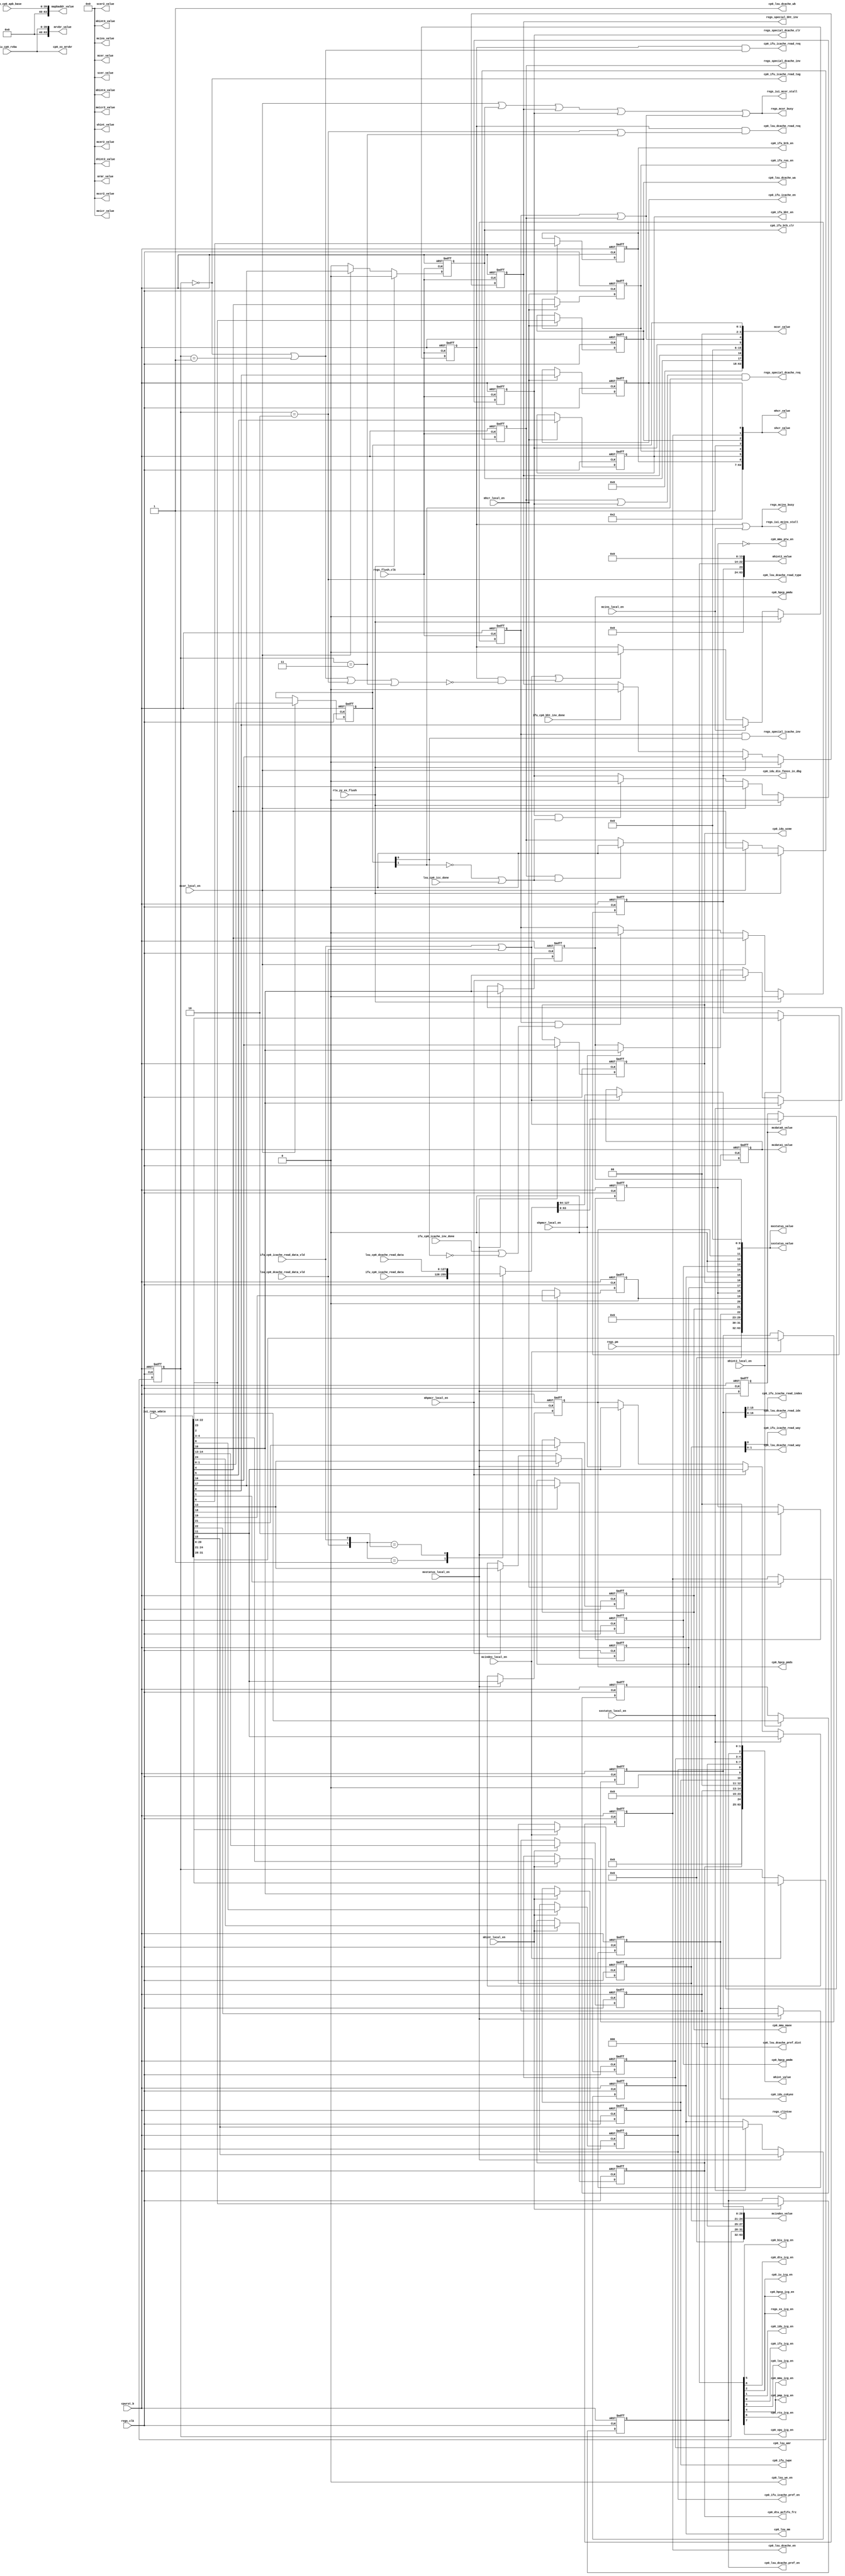
// This program was cloned from: https://github.com/T-head-Semi/openc906
// License: Apache License 2.0

/*Copyright 2020-2021 T-Head Semiconductor Co., Ltd.

Licensed under the Apache License, Version 2.0 (the "License");
you may not use this file except in compliance with the License.
You may obtain a copy of the License at

    http://www.apache.org/licenses/LICENSE-2.0

Unless required by applicable law or agreed to in writing, software
distributed under the License is distributed on an "AS IS" BASIS,
WITHOUT WARRANTIES OR CONDITIONS OF ANY KIND, either express or implied.
See the License for the specific language governing permissions and
limitations under the License.
*/

// &ModuleBeg; @23
module aq_cp0_ext_csr(
  biu_cp0_rvba,
  cp0_biu_icg_en,
  cp0_dtu_icg_en,
  cp0_dtu_pcfifo_frz,
  cp0_hpcp_icg_en,
  cp0_hpcp_pmdm,
  cp0_hpcp_pmds,
  cp0_hpcp_pmdu,
  cp0_idu_cskyee,
  cp0_idu_dis_fence_in_dbg,
  cp0_idu_icg_en,
  cp0_idu_ucme,
  cp0_ifu_bht_en,
  cp0_ifu_btb_clr,
  cp0_ifu_btb_en,
  cp0_ifu_icache_en,
  cp0_ifu_icache_pref_en,
  cp0_ifu_icache_read_index,
  cp0_ifu_icache_read_req,
  cp0_ifu_icache_read_tag,
  cp0_ifu_icache_read_way,
  cp0_ifu_icg_en,
  cp0_ifu_iwpe,
  cp0_ifu_ras_en,
  cp0_iu_icg_en,
  cp0_lsu_amr,
  cp0_lsu_dcache_en,
  cp0_lsu_dcache_pref_dist,
  cp0_lsu_dcache_pref_en,
  cp0_lsu_dcache_read_idx,
  cp0_lsu_dcache_read_req,
  cp0_lsu_dcache_read_type,
  cp0_lsu_dcache_read_way,
  cp0_lsu_dcache_wa,
  cp0_lsu_dcache_wb,
  cp0_lsu_icg_en,
  cp0_lsu_mm,
  cp0_lsu_we_en,
  cp0_mmu_icg_en,
  cp0_mmu_maee,
  cp0_mmu_ptw_en,
  cp0_pmp_icg_en,
  cp0_rtu_icg_en,
  cp0_vpu_icg_en,
  cp0_xx_mrvbr,
  cpurst_b,
  ifu_cp0_bht_inv_done,
  ifu_cp0_icache_inv_done,
  ifu_cp0_icache_read_data,
  ifu_cp0_icache_read_data_vld,
  iui_regs_wdata,
  lsu_cp0_dcache_read_data,
  lsu_cp0_dcache_read_data_vld,
  lsu_cp0_icc_done,
  mapbaddr_value,
  mccr2_value,
  mcdata0_value,
  mcdata1_value,
  mcer2_value,
  mcer_value,
  mcindex_local_en,
  mcindex_value,
  mcins_local_en,
  mcins_value,
  mcor_local_en,
  mcor_value,
  meicr2_value,
  meicr_value,
  mhcr_local_en,
  mhcr_value,
  mhint2_local_en,
  mhint2_value,
  mhint3_value,
  mhint4_value,
  mhint_local_en,
  mhint_value,
  mhpmcr_local_en,
  mrmr_value,
  mrvbr_value,
  mxstatus_local_en,
  mxstatus_value,
  regs_clintee,
  regs_clk,
  regs_flush_clk,
  regs_iui_mcins_stall,
  regs_iui_mcor_stall,
  regs_mcins_busy,
  regs_mcor_busy,
  regs_pm,
  regs_special_bht_inv,
  regs_special_dcache_clr,
  regs_special_dcache_inv,
  regs_special_dcache_req,
  regs_special_icache_inv,
  regs_xx_icg_en,
  rtu_yy_xx_flush,
  scer2_value,
  scer_value,
  shcr_value,
  shint2_value,
  shint_value,
  shpmcr_local_en,
  sxstatus_local_en,
  sxstatus_value,
  sysio_cp0_apb_base
);


// &Ports; @25
input   [39 :0]  biu_cp0_rvba;                
input            cpurst_b;                    
input            ifu_cp0_bht_inv_done;        
input            ifu_cp0_icache_inv_done;     
input   [127:0]  ifu_cp0_icache_read_data;    
input            ifu_cp0_icache_read_data_vld; 
input   [63 :0]  iui_regs_wdata;              
input   [127:0]  lsu_cp0_dcache_read_data;    
input            lsu_cp0_dcache_read_data_vld; 
input            lsu_cp0_icc_done;            
input            mcindex_local_en;            
input            mcins_local_en;              
input            mcor_local_en;               
input            mhcr_local_en;               
input            mhint2_local_en;             
input            mhint_local_en;              
input            mhpmcr_local_en;             
input            mxstatus_local_en;           
input            regs_clk;                    
input            regs_flush_clk;              
input   [1  :0]  regs_pm;                     
input            rtu_yy_xx_flush;             
input            shpmcr_local_en;             
input            sxstatus_local_en;           
input   [39 :0]  sysio_cp0_apb_base;          
output           cp0_biu_icg_en;              
output           cp0_dtu_icg_en;              
output           cp0_dtu_pcfifo_frz;          
output           cp0_hpcp_icg_en;             
output           cp0_hpcp_pmdm;               
output           cp0_hpcp_pmds;               
output           cp0_hpcp_pmdu;               
output           cp0_idu_cskyee;              
output           cp0_idu_dis_fence_in_dbg;    
output           cp0_idu_icg_en;              
output           cp0_idu_ucme;                
output           cp0_ifu_bht_en;              
output           cp0_ifu_btb_clr;             
output           cp0_ifu_btb_en;              
output           cp0_ifu_icache_en;           
output           cp0_ifu_icache_pref_en;      
output  [13 :0]  cp0_ifu_icache_read_index;   
output           cp0_ifu_icache_read_req;     
output           cp0_ifu_icache_read_tag;     
output           cp0_ifu_icache_read_way;     
output           cp0_ifu_icg_en;              
output           cp0_ifu_iwpe;                
output           cp0_ifu_ras_en;              
output           cp0_iu_icg_en;               
output  [1  :0]  cp0_lsu_amr;                 
output           cp0_lsu_dcache_en;           
output  [1  :0]  cp0_lsu_dcache_pref_dist;    
output           cp0_lsu_dcache_pref_en;      
output  [16 :0]  cp0_lsu_dcache_read_idx;     
output           cp0_lsu_dcache_read_req;     
output           cp0_lsu_dcache_read_type;    
output  [1  :0]  cp0_lsu_dcache_read_way;     
output           cp0_lsu_dcache_wa;           
output           cp0_lsu_dcache_wb;           
output           cp0_lsu_icg_en;              
output           cp0_lsu_mm;                  
output           cp0_lsu_we_en;               
output           cp0_mmu_icg_en;              
output           cp0_mmu_maee;                
output           cp0_mmu_ptw_en;              
output           cp0_pmp_icg_en;              
output           cp0_rtu_icg_en;              
output           cp0_vpu_icg_en;              
output  [39 :0]  cp0_xx_mrvbr;                
output  [63 :0]  mapbaddr_value;              
output  [63 :0]  mccr2_value;                 
output  [63 :0]  mcdata0_value;               
output  [63 :0]  mcdata1_value;               
output  [63 :0]  mcer2_value;                 
output  [63 :0]  mcer_value;                  
output  [63 :0]  mcindex_value;               
output  [63 :0]  mcins_value;                 
output  [63 :0]  mcor_value;                  
output  [63 :0]  meicr2_value;                
output  [63 :0]  meicr_value;                 
output  [63 :0]  mhcr_value;                  
output  [63 :0]  mhint2_value;                
output  [63 :0]  mhint3_value;                
output  [63 :0]  mhint4_value;                
output  [63 :0]  mhint_value;                 
output  [63 :0]  mrmr_value;                  
output  [63 :0]  mrvbr_value;                 
output  [63 :0]  mxstatus_value;              
output           regs_clintee;                
output           regs_iui_mcins_stall;        
output           regs_iui_mcor_stall;         
output           regs_mcins_busy;             
output           regs_mcor_busy;              
output           regs_special_bht_inv;        
output           regs_special_dcache_clr;     
output           regs_special_dcache_inv;     
output           regs_special_dcache_req;     
output           regs_special_icache_inv;     
output           regs_xx_icg_en;              
output  [63 :0]  scer2_value;                 
output  [63 :0]  scer_value;                  
output  [63 :0]  shcr_value;                  
output  [63 :0]  shint2_value;                
output  [63 :0]  shint_value;                 
output  [63 :0]  sxstatus_value;              

// &Regs; @26
reg     [1  :0]  amr;                         
reg              bht_inv;                     
reg              bpe;                         
reg              btb_inv;                     
reg              btbe;                        
reg     [63 :0]  cdata0;                      
reg     [63 :0]  cdata1;                      
reg     [127:0]  cdata_read_data;             
reg     [20 :0]  cindex_index;                
reg     [3  :0]  cindex_rid;                  
reg     [3  :0]  cindex_way;                  
reg              cins_r;                      
reg              clintee;                     
reg              clr;                         
reg              cskyisaee;                   
reg              dcache_inv;                  
reg     [1  :0]  dcache_pref_dist;            
reg              dcache_pref_en;              
reg              de;                          
reg              fence_in_dbg_dis;            
reg              icache_inv;                  
reg              icache_pref_en;              
reg              ie;                          
reg              insde;                       
reg              iwpe;                        
reg              maee;                        
reg              mhrd;                        
reg              mm;                          
reg     [8  :0]  module_icg_en;               
reg              pcfifo_freeze;               
reg              pmdm;                        
reg              pmds;                        
reg              pmdu;                        
reg              rse;                         
reg     [1  :0]  sel;                         
reg              ucme;                        
reg              wa;                          

// &Wires; @27
wire             amr2;                        
wire    [127:0]  biu_cp0_l2_read_data;        
wire             biu_cp0_l2_read_data_vld;    
wire    [39 :0]  biu_cp0_rvba;                
wire             cdata_clk;                   
wire             cdata_data_vld;              
wire             cindex_rid_dcache_data;      
wire             cindex_rid_dcache_st_tag;    
wire             cindex_rid_icache_data;      
wire             cindex_rid_icache_tag;       
wire             cins_no_op_data_vld;         
wire             cins_read_data_vld;          
wire             clr_done;                    
wire             cp0_biu_icg_en;              
wire             cp0_dtu_icg_en;              
wire             cp0_dtu_pcfifo_frz;          
wire             cp0_hpcp_icg_en;             
wire             cp0_hpcp_pmdm;               
wire             cp0_hpcp_pmds;               
wire             cp0_hpcp_pmdu;               
wire             cp0_idu_cskyee;              
wire             cp0_idu_dis_fence_in_dbg;    
wire             cp0_idu_icg_en;              
wire             cp0_idu_ucme;                
wire             cp0_ifu_bht_en;              
wire             cp0_ifu_btb_clr;             
wire             cp0_ifu_btb_en;              
wire             cp0_ifu_icache_en;           
wire             cp0_ifu_icache_pref_en;      
wire    [13 :0]  cp0_ifu_icache_read_index;   
wire             cp0_ifu_icache_read_req;     
wire             cp0_ifu_icache_read_tag;     
wire             cp0_ifu_icache_read_way;     
wire             cp0_ifu_icg_en;              
wire             cp0_ifu_iwpe;                
wire             cp0_ifu_ras_en;              
wire             cp0_iu_icg_en;               
wire    [1  :0]  cp0_lsu_amr;                 
wire             cp0_lsu_dcache_en;           
wire    [1  :0]  cp0_lsu_dcache_pref_dist;    
wire             cp0_lsu_dcache_pref_en;      
wire    [16 :0]  cp0_lsu_dcache_read_idx;     
wire             cp0_lsu_dcache_read_req;     
wire             cp0_lsu_dcache_read_type;    
wire    [1  :0]  cp0_lsu_dcache_read_way;     
wire             cp0_lsu_dcache_wa;           
wire             cp0_lsu_dcache_wb;           
wire             cp0_lsu_icg_en;              
wire             cp0_lsu_mm;                  
wire             cp0_lsu_we_en;               
wire             cp0_mmu_icg_en;              
wire             cp0_mmu_maee;                
wire             cp0_mmu_ptw_en;              
wire             cp0_pmp_icg_en;              
wire             cp0_rtu_icg_en;              
wire             cp0_vpu_icg_en;              
wire    [39 :0]  cp0_xx_mrvbr;                
wire             cpurst_b;                    
wire    [16 :0]  dcache_read_idx;             
wire             dcache_read_req;             
wire             dcache_read_tag;             
wire    [1  :0]  dcache_read_way;             
wire             ecc_en;                      
wire             fccee;                       
wire             ibp_inv;                     
wire             ibpe;                        
wire    [16 :0]  icache_read_idx;             
wire             icache_read_req;             
wire             icache_read_tag;             
wire             icache_read_way;             
wire             ifu_cp0_bht_inv_done;        
wire             ifu_cp0_icache_inv_done;     
wire    [127:0]  ifu_cp0_icache_read_data;    
wire             ifu_cp0_icache_read_data_vld; 
wire             inv;                         
wire    [63 :0]  iui_regs_wdata;              
wire             l0btbe;                      
wire    [1  :0]  l2_pref_dist;                
wire             l2pld;                       
wire             l2stpld;                     
wire             lpe;                         
wire    [127:0]  lsu_cp0_dcache_read_data;    
wire             lsu_cp0_dcache_read_data_vld; 
wire             lsu_cp0_icc_done;            
wire    [63 :0]  mapbaddr_value;              
wire    [63 :0]  mccr2_value;                 
wire    [63 :0]  mcdata0_value;               
wire    [63 :0]  mcdata1_value;               
wire    [63 :0]  mcer2_value;                 
wire    [63 :0]  mcer_value;                  
wire             mcindex_local_en;            
wire    [63 :0]  mcindex_value;               
wire             mcins_busy;                  
wire             mcins_local_en;              
wire    [63 :0]  mcins_value;                 
wire             mcor_busy;                   
wire             mcor_local_en;               
wire    [63 :0]  mcor_value;                  
wire    [63 :0]  meicr2_value;                
wire    [63 :0]  meicr_value;                 
wire             mhcr_local_en;               
wire    [63 :0]  mhcr_value;                  
wire             mhint2_local_en;             
wire    [63 :0]  mhint2_value;                
wire    [63 :0]  mhint3_value;                
wire    [63 :0]  mhint4_value;                
wire             mhint_local_en;              
wire    [63 :0]  mhint_value;                 
wire             mhpmcr_local_en;             
wire    [63 :0]  mrmr_value;                  
wire    [39 :0]  mrvbr_reg;                   
wire    [63 :0]  mrvbr_value;                 
wire             mxstatus_local_en;           
wire    [63 :0]  mxstatus_value;              
wire             nsfe;                        
wire             pmp4k;                       
wire             regs_clintee;                
wire             regs_clk;                    
wire             regs_flush_clk;              
wire             regs_iui_mcins_stall;        
wire             regs_iui_mcor_stall;         
wire             regs_mcins_busy;             
wire             regs_mcor_busy;              
wire    [1  :0]  regs_pm;                     
wire             regs_special_bht_inv;        
wire             regs_special_dcache_clr;     
wire             regs_special_dcache_inv;     
wire             regs_special_dcache_req;     
wire             regs_special_icache_inv;     
wire             regs_xx_icg_en;              
wire             rtu_yy_xx_flush;             
wire    [63 :0]  scer2_value;                 
wire    [63 :0]  scer_value;                  
wire    [2  :0]  sck;                         
wire    [63 :0]  shcr_value;                  
wire    [63 :0]  shint2_value;                
wire    [63 :0]  shint_value;                 
wire             shpmcr_local_en;             
wire             sre;                         
wire             sxstatus_local_en;           
wire    [63 :0]  sxstatus_value;              
wire    [39 :0]  sysio_cp0_apb_base;          
wire             tlb_broad_dis;               
wire             v;                           
wire             ve;                          
wire             wb;                          
wire             wbr;                         


//==========================================================
//                        Extension
//==========================================================
//----------------------------------------------------------
//           Machine Control and Status Extension
//----------------------------------------------------------
// |------------|---------------------|--------------------|
// |    Name    |    Description      |        Note        |
// |------------|---------------------|--------------------|
// | mxstatus   | M ext status reg.   |                    |
// | mhcr       | M hw config reg.    |                    |
// | mcor       | M cache oper reg.   |                    |
// | mhint      | M hint reg.         |                    |
// | mrmr       | M reset mode.       |                    |
// | mrvbr      | M reset base.       |                    |
// | mcntwen    | M counter write en  | In hpcp_csr        |
// | mcntinten  | M counter int en    | In HPCP            |
// | mcntintof  | M counter overflow  | In HPCP
// | mhint2     | M hint reg.         |                    |
// | mhint3     | M hint reg.         |                    |
// |------------|---------------------|--------------------|

//----------------------------------------------------------
//         Supervisor Control and Status Extension
//----------------------------------------------------------
// |------------|---------------------|--------------------|
// |    Name    |    Description      |        Note        |
// |------------|---------------------|--------------------|
// | sxstatus   | S ext status reg.   |                    |
// | shcr       | S hw config reg.    |                    |
// | shint      | S hint reg.         |                    |
// | shint2     | S hint reg.         |                    |
// | scntinten  | S counter int en    | In HPCP            |
// | scntintof  | S counter overflow  | In HPCP
// | shpmcnt    | S counter           | In HPCP
// |------------|---------------------|--------------------|

//----------------------------------------------------------
//                 Machine L1 Cache Control
//----------------------------------------------------------
// |------------|---------------------|--------------------|
// |    Name    |    Description      |        Note        |
// |------------|---------------------|--------------------|
// | mcer       | M l1 cache err.     | Reserved           |
// | meicr      | M l1 ecc injection  | Reserved           |
// |------------|---------------------|--------------------|

//----------------------------------------------------------
//               Supervisor L1 Cache Control
//----------------------------------------------------------
// |------------|---------------------|--------------------|
// |    Name    |    Description      |        Note        |
// |------------|---------------------|--------------------|
// | scer       | S l1 cache err.     | Reserved           |
// |------------|---------------------|--------------------|

//----------------------------------------------------------
//                 Machine L2 Cache Control
//----------------------------------------------------------
// |------------|---------------------|--------------------|
// |    Name    |    Description      |        Note        |
// |------------|---------------------|--------------------|
// | mccr2      | M l2 cache oper     | Reserved           |
// | mcer2      | M l2 cache err.     | Reserved           |
// | meicr2     | M l2 ecc injection  | Reserved           |
// |------------|---------------------|--------------------|

//----------------------------------------------------------
//               Supervisor L2 Cache Control
//----------------------------------------------------------
// |------------|---------------------|--------------------|
// |    Name    |    Description      |        Note        |
// |------------|---------------------|--------------------|
// | scer2      | S l2 cache err.     | Reserved           |
// |------------|---------------------|--------------------|

//----------------------------------------------------------
//              Machine Cache Access Extension
//----------------------------------------------------------
// |------------|---------------------|--------------------|
// |    Name    |    Description      |        Note        |
// |------------|---------------------|--------------------|
// | mcins      | Cache inst reg      |                    |
// | mcindex    | Cache index         |                    |
// | mcdata0    | Cache data0         |                    |
// | mcdata1    | Cache data1         |                    |
// |------------|---------------------|--------------------|

//----------------------------------------------------------
//                Machine CPU Info Extension
//----------------------------------------------------------
// |------------|---------------------|--------------------|
// |    Name    |    Description      |        Note        |
// |------------|---------------------|--------------------|
// | mcpuid     | CPU ID              |                    |
// | mapbaddr   | APB bus base addr.  |                    |
// |------------|---------------------|--------------------|

//----------------------------------------------------------
//            Supervisor MMU Control and Status
//----------------------------------------------------------
// |------------|---------------------|--------------------|
// |    Name    |    Description      |        Note        |
// |------------|---------------------|--------------------|
// | smcir      | MMU control         | In MMU             |
// | smir       | MMU index           | In MMU             |
// | smeh       | MMU entry high      | In MMU             |
// | smel       | MMU entry low       | In MMU             |
// |------------|---------------------|--------------------|

//----------------------------------------------------------
//               User Float Control Extension
//----------------------------------------------------------
// |------------|---------------------|--------------------|
// |    Name    |    Description      |        Note        |
// |------------|---------------------|--------------------|
// | fxcr       | float control       | In float_csr       |
// |------------|---------------------|--------------------|

// &Force("bus", "iui_regs_wdata", 63, 0); @148
//==========================================================
//                   Define the MXSTATUS
//==========================================================
//  Machine Extension Status register
//  64-bit Machine Mode Read/Write
//  Providing the C-SKY Extension Status of the current core
//  the definiton for MXSTATUS register is listed as follows
//==========================================================
always @(posedge regs_clk or negedge cpurst_b)
begin
  if (!cpurst_b)
  begin
    mm    <= 1'b1;
    pmds  <= 1'b0;
    pmdu  <= 1'b0;
  end
  else if(mxstatus_local_en)
  begin
    mm    <= iui_regs_wdata[15];
    pmds  <= iui_regs_wdata[11];
    pmdu  <= iui_regs_wdata[10];
  end
  else if(sxstatus_local_en)
  begin
    mm    <= iui_regs_wdata[15];
    pmds  <= iui_regs_wdata[11];
    pmdu  <= iui_regs_wdata[10];
  end
    else if(mhpmcr_local_en)
  begin
    mm    <= mm;
    pmds  <= iui_regs_wdata[11];
    pmdu  <= iui_regs_wdata[10];
  end
  else if(shpmcr_local_en)
  begin
    mm    <= mm;
    pmds  <= iui_regs_wdata[11];
    pmdu  <= iui_regs_wdata[10];
  end
  else
  begin
    mm    <= mm;
    pmds  <= pmds;
    pmdu  <= pmdu;
  end
end

assign fccee = 1'b0;

always @(posedge regs_clk or negedge cpurst_b)
begin
  if (!cpurst_b)
  begin
    cskyisaee <= 1'b1;
    maee      <= 1'b1;
    insde     <= 1'b0;
    mhrd      <= 1'b0;
    clintee   <= 1'b1;
    ucme      <= 1'b1;
    // pmp4k     <= 1'b0;
    pmdm      <= 1'b0;
  end
  else if(mxstatus_local_en)
  begin
    cskyisaee <= iui_regs_wdata[22];
    maee      <= iui_regs_wdata[21];
    insde     <= iui_regs_wdata[19];
    mhrd      <= iui_regs_wdata[18];
    clintee   <= iui_regs_wdata[17];
    ucme      <= iui_regs_wdata[16];
    // pmp4k     <= iui_regs_wdata[14];
    pmdm      <= iui_regs_wdata[13];
  end
  else if(mhpmcr_local_en)
  begin
    cskyisaee <= cskyisaee;
    maee      <= maee;
    insde     <= insde;
    mhrd      <= mhrd;
    clintee   <= clintee;
    ucme      <= ucme;
    pmdm      <= iui_regs_wdata[13];
  end
  else
  begin
    cskyisaee <= cskyisaee;
    maee      <= maee;
    insde     <= insde;
    mhrd      <= mhrd;
    clintee   <= clintee;
    ucme      <= ucme;
    // pmp4k     <= pmp4k;
    pmdm      <= pmdm;
  end
end

assign pmp4k = 1'b0; // this bit is removed from mxstatus.
assign ve = 1'b0;
assign v  = 1'b0;

assign mxstatus_value[63:0]  = {32'b0, regs_pm[1:0], 7'b0, cskyisaee, maee,
                                fccee, insde, mhrd, clintee, ucme, mm,
                                pmp4k, pmdm, 1'b0, pmds, pmdu, v, ve,
                                8'b0};

//==========================================================
//                   Define the SXSTATUS
//==========================================================
//  Supervisor Extension Status Register
//  64-bit Supervisor Mode Read/Write
//  Providing the C-SKY Extension Status Register
//  the definiton for SXSTATUS register is listed as follows
//==========================================================
assign sxstatus_value[63:0]  = {32'b0, regs_pm[1:0], 7'b0, cskyisaee, maee,
                                fccee, insde, mhrd, clintee, ucme, mm,
                                pmp4k, pmdm, 1'b0, pmds, pmdu, 10'b0};

//==========================================================
//                     Define the MHCR
//==========================================================
//  Machine Hardware Config register
//  64-bit Machine Mode Read/Write
//  Providing the C-SKY Hardware Config of the current core
//  the definiton for MHCR register is listed as follows
//==========================================================
assign sck[2:0] = 3'b0;//biu_cp0_clkratio[2:0];

assign wbr = 1'b1;

assign ibpe = 1'b0;

always @(posedge regs_clk or negedge cpurst_b)
begin
  if(!cpurst_b)
  begin
    // l0btbe <= 1'b0;
    btbe   <= 1'b0;
  end
  else if(mhcr_local_en)
  begin
    // l0btbe <= iui_regs_wdata[12];
    btbe   <= iui_regs_wdata[6];
  end
  else
  begin
    // l0btbe <= l0btbe;
    btbe   <= btbe;
  end
end
assign l0btbe = 1'b0;

assign wb = 1'b1;

always @(posedge regs_clk or negedge cpurst_b)
begin
  if(!cpurst_b)
  begin
    bpe <= 1'b0;
    rse <= 1'b0;
    wa  <= 1'b0;
    de  <= 1'b0;
    ie  <= 1'b0;
  end
  else if(mhcr_local_en)
  begin
    bpe <= iui_regs_wdata[5];
    rse <= iui_regs_wdata[4];
    wa  <= iui_regs_wdata[2];
    de  <= iui_regs_wdata[1];
    ie  <= iui_regs_wdata[0];
  end
  else
  begin
    bpe <= bpe;
    rse <= rse;
    wa  <= wa;
    de  <= de;
    ie  <= ie;
  end
end

assign mhcr_value[63:0] = {45'b0, sck[2:0], 3'b0, l0btbe, 3'b0, wbr, ibpe,
                           btbe, bpe, rse, wb, wa, de, ie};

//==========================================================
//                     Define the SHCR
//==========================================================
//  Supervisor Hardware Config register
//  64-bit Supervisor Mode Read Only
//  Providing the C-SKY Hardware Config of the current core
//  the definiton for SHCR register is listed as follows
//==========================================================
assign shcr_value[63:0] = {45'b0, sck[2:0], 3'b0, l0btbe, 3'b0, wbr, ibpe,
                           btbe, bpe, rse, wb, wa, de, ie};

//==========================================================
//                     Define the MCOR
//==========================================================
assign ibp_inv =1'b0;

always @(posedge regs_flush_clk or negedge cpurst_b)
begin
  if(!cpurst_b)
    btb_inv <= 1'b0;
  else if(rtu_yy_xx_flush)
    btb_inv <= 1'b0;
  else if(mcor_local_en) 
    btb_inv <= iui_regs_wdata[17];
//   else if(ifu_cp0_btb_inv_done)
//     btb_inv <= 1'b0;
//   else
//     btb_inv <= btb_inv;
  else
    btb_inv <= 1'b0;
end

always @(posedge regs_flush_clk or negedge cpurst_b)
begin
  if(!cpurst_b)
    bht_inv <= 1'b0;
  else if(rtu_yy_xx_flush)
    bht_inv <= 1'b0;
  else if(mcor_local_en) 
    bht_inv <= iui_regs_wdata[16];
  else if(ifu_cp0_bht_inv_done)
    bht_inv <= 1'b0;
  else
    bht_inv <= bht_inv;
end

//if sel dcache bit is set, wait lsu dcache done
//else always done
assign clr_done = !sel[1] || lsu_cp0_icc_done;

always @(posedge regs_flush_clk or negedge cpurst_b)
begin
  if(!cpurst_b)
   clr <= 1'b0;
  else if(rtu_yy_xx_flush)
   clr <= 1'b0;
  else if(mcor_local_en) 
   clr <= iui_regs_wdata[5];
  else if(clr && clr_done)
   clr <= 1'b0;
  else
   clr <= clr;
end

// 1.when inv and clr complete, clear the inv and clr bit.
// 2.mtcr cfr will update inv and clr bit
always @(posedge regs_flush_clk or negedge cpurst_b)
begin
  if(!cpurst_b)
      icache_inv <= 1'b0;
  else if(rtu_yy_xx_flush)
      icache_inv <= 1'b0;
  else if(mcor_local_en) 
      icache_inv <= iui_regs_wdata[4];
  else if(icache_inv && (ifu_cp0_icache_inv_done || !sel[0]))
      icache_inv <= 1'b0;
  else
      icache_inv <= icache_inv;
end

always @(posedge regs_flush_clk or negedge cpurst_b)
begin
  if(!cpurst_b)
      dcache_inv <= 1'b0;
  else if(rtu_yy_xx_flush)
      dcache_inv <= 1'b0;
  else if(mcor_local_en) 
      dcache_inv <= iui_regs_wdata[4];
  else if(dcache_inv && (lsu_cp0_icc_done || !sel[1]))
      dcache_inv <= 1'b0;
  else
      dcache_inv <= dcache_inv;
end

assign inv = icache_inv || dcache_inv;

always @(posedge regs_clk or negedge cpurst_b)
begin
  if(!cpurst_b)
    sel[1:0] <= 2'b0;
  else if(mcor_local_en) 
    sel[1:0] <= iui_regs_wdata[1:0];
  else
    sel[1:0] <= sel[1:0];
end

// TODO add clk en.
assign mcor_busy = mcor_local_en || ibp_inv || btb_inv
                || bht_inv || clr || inv;
assign mcor_value[63:0] = {45'b0, ibp_inv, btb_inv, bht_inv, 10'b0,
                           clr, inv, 2'b0, sel[1:0]};

//==========================================================
//                     Define the MHINT
//==========================================================
assign ecc_en = 1'b0;

always @(posedge regs_clk or negedge cpurst_b)
begin
  if(!cpurst_b)
    pcfifo_freeze <= 1'b0;
  else if(mhint_local_en)
    pcfifo_freeze <= iui_regs_wdata[24];
  else
    pcfifo_freeze <= pcfifo_freeze; 
end

always @(posedge regs_clk or negedge cpurst_b)
begin
  if(!cpurst_b) begin
    // l2stpld               <= 1'b0;
    // nsfe                  <= 1'b0;
    // l2_pref_dist[1:0]     <= 2'b10;
    // l2pld                 <= 1'b0;
    dcache_pref_dist[1:0] <= 2'b10;
    // sre                   <= 1'b0;
    iwpe                  <= 1'b0;
    // lpe                   <= 1'b0;
    icache_pref_en        <= 1'b0;
    // amr2                  <= 1'b0;
    amr[1:0]              <= 2'b0;
    dcache_pref_en        <= 1'b0;
  end
  else if(mhint_local_en) begin
    // l2stpld               <= iui_regs_wdata[20];
    // nsfe                  <= iui_regs_wdata[18];
    // l2_pref_dist[1:0]     <= iui_regs_wdata[17:16]; 
    // l2pld                 <= iui_regs_wdata[15];
    dcache_pref_dist[1:0] <= iui_regs_wdata[14:13];
    // sre                   <= iui_regs_wdata[11];
    iwpe                  <= iui_regs_wdata[10];
    // lpe                   <= iui_regs_wdata[9];
    icache_pref_en        <= iui_regs_wdata[8];
    // amr2                  <= iui_regs_wdata[5];
    amr[1:0]              <= iui_regs_wdata[4:3];
    dcache_pref_en        <= iui_regs_wdata[2];
  end
  else begin
    // l2stpld               <= l2stpld;
    // nsfe                  <= nsfe;
    // l2_pref_dist[1:0]     <= l2_pref_dist[1:0];
    // l2pld                 <= l2pld;
    dcache_pref_dist[1:0] <= dcache_pref_dist[1:0];
    // sre                   <= sre;
    iwpe                  <= iwpe;
    // lpe                   <= lpe;
    icache_pref_en        <= icache_pref_en;
    // amr2                  <= amr2;
    amr[1:0]              <= amr[1:0];
    dcache_pref_en        <= dcache_pref_en;
  end
end

assign tlb_broad_dis = 1'b0;
assign l2stpld = 1'b0;
assign nsfe = 1'b0;
assign l2_pref_dist[1:0] = 2'b0;
assign l2pld = 1'b0;
assign sre = 1'b0;
assign lpe = 1'b0;
assign amr2 = 1'b0;

assign mhint_value[63:0] = {32'b0, 7'b0, pcfifo_freeze, 2'b0,
                            tlb_broad_dis, l2stpld, ecc_en,
                            nsfe, l2_pref_dist[1:0], l2pld, 
                            dcache_pref_dist[1:0], 1'b0, sre,
                            iwpe, lpe, icache_pref_en, 2'b0, amr2,
                            amr[1:0], dcache_pref_en, 2'b0};


always @(posedge regs_clk or negedge cpurst_b)
begin
  if(!cpurst_b) begin
    fence_in_dbg_dis   <= 1'b0;
    module_icg_en[8:0] <= 9'b0;
  end
  else if(mhint2_local_en) begin
    fence_in_dbg_dis   <= iui_regs_wdata[23];
    module_icg_en[8:0] <= iui_regs_wdata[22:14];
  end
  else begin
    fence_in_dbg_dis   <= fence_in_dbg_dis;
    module_icg_en[8:0] <= module_icg_en[8:0];
  end
end

assign mhint2_value[63:0] = {32'b0, 8'b0, fence_in_dbg_dis,
                             module_icg_en[8:0], 14'b0};

assign mhint3_value[63:0] = 64'b0;
assign mhint4_value[63:0] = 64'b0;

//==========================================================
//                     Define the SHINT
//==========================================================
assign shint_value[63:0] = 64'b0;
assign shint2_value[63:0] = 64'b0;

//==========================================================
//                     Define the MRMR
//==========================================================
assign mrmr_value[63:0] = 64'b0;

//==========================================================
//                     Define the MRVBR
//==========================================================
assign mrvbr_reg[39:0] = biu_cp0_rvba[39:0];
assign mrvbr_value[63:0] = {24'b0, mrvbr_reg[39:0]};

//==========================================================
//                     Define the MCER
//==========================================================
assign mcer_value[63:0] = 64'b0;

//==========================================================
//                     Define the SCER
//==========================================================
assign scer_value[63:0] = 64'b0;

//==========================================================
//                     Define the MEICR
//==========================================================
assign meicr_value[63:0] = 64'b0;

//==========================================================
//                     Define the MCCR2
//==========================================================
assign mccr2_value[63:0] = 64'b0;

//==========================================================
//                     Define the MCER2
//==========================================================
assign mcer2_value[63:0] = 64'b0;

//==========================================================
//                     Define the SCER2
//==========================================================
assign scer2_value[63:0] = 64'b0;

//==========================================================
//                    Define the MEICR2
//==========================================================
assign meicr2_value[63:0] = 64'b0;

//==========================================================
//                     Define the MCINS
//==========================================================
//  Machine Cache Instruction register
//  64-bit Machine Mode Read/Write
//  Providing the C-SKY Cache Read Line Instruction
//  the definiton for MCINS register is listed as follows
//==========================================================
always @(posedge regs_flush_clk or negedge cpurst_b)
begin
  if(!cpurst_b)
    cins_r <= 1'b0;
  else if(rtu_yy_xx_flush)
    cins_r <= 1'b0;
  else if(mcins_local_en)
    cins_r <= iui_regs_wdata[0];
  else if(cins_read_data_vld)
    cins_r <= 1'b0;
  else
    cins_r <= cins_r;
end
// always @(posedge regs_flush_clk or negedge cpurst_b)
// begin
//   if(!cpurst_b)
//     cins_ff <= 1'b0;
//   else if(rtu_yy_xx_flush)
//     cins_ff <= 1'b0;
//   else if(mcins_local_en)
//     cins_ff <= iui_regs_wdata[0];
//   else if(cins_ff)
//     cins_ff <= 1'b0;
//   else
//     cins_ff <= cins_ff;
// end

assign mcins_busy = cins_r || mcins_local_en;
//write only register
assign mcins_value[63:0] = 64'b0;

//==========================================================
//                    Define the MCINDEX
//==========================================================
//  Machine Cache Read Line Index register
//  64-bit Machine Mode Read/Write
//  Providing the C-SKY Cache Read Line Index
//  the definiton for MCINDEX register is listed as follows
//==========================================================
always @(posedge regs_clk or negedge cpurst_b)
begin
  if (!cpurst_b) begin
    cindex_rid[3:0]    <= 4'b0;
    cindex_way[3:0]    <= 4'b0;
    cindex_index[20:0] <= 21'b0;
  end
  else if (mcindex_local_en) begin
    cindex_rid[3:0]    <= iui_regs_wdata[31:28];
    cindex_way[3:0]    <= iui_regs_wdata[24:21];
    cindex_index[20:0] <= iui_regs_wdata[20:0];
  end
  else begin
    cindex_rid[3:0]    <= cindex_rid[3:0];
    cindex_way[3:0]    <= cindex_way[3:0];
    cindex_index[20:0] <= cindex_index[20:0];
  end
end

assign mcindex_value[63:0] = {32'b0, cindex_rid[3:0], 3'b0,
                              cindex_way[3:0], cindex_index[20:0]};

//ram select
assign cindex_rid_icache_tag           = (cindex_rid[3:0] == 4'd0);
assign cindex_rid_icache_data          = (cindex_rid[3:0] == 4'd1);
assign cindex_rid_dcache_st_tag        = (cindex_rid[3:0] == 4'd2);
assign cindex_rid_dcache_data          = (cindex_rid[3:0] == 4'd3);

assign icache_read_req       = cins_r && (cindex_rid_icache_tag
                                       || cindex_rid_icache_data);

assign icache_read_tag       = cindex_rid_icache_tag;
assign icache_read_way       = cindex_way[0];
assign icache_read_idx[16:0] = cindex_index[16:0];

assign dcache_read_req       = cins_r && (cindex_rid_dcache_st_tag
                                       || cindex_rid_dcache_data);

assign dcache_read_tag       = cindex_rid_dcache_st_tag;
assign dcache_read_way       = cindex_way[1:0];
assign dcache_read_idx[16:0] = cindex_index[16:0];

//==========================================================
//                   Define the MCDATA0/1
//==========================================================
//  Machine Cache Read Line Data register
//  64-bit Machine Mode Read/Write
//  Providing the C-SKY Cache Read Line Data Register
//  the definiton for MCDATA0/1 register is listed as follows
//==========================================================
assign biu_cp0_l2_read_data_vld = 1'b0;

assign biu_cp0_l2_read_data[127:0] = 128'b0;

assign cdata_data_vld = ifu_cp0_icache_read_data_vld
                     || lsu_cp0_dcache_read_data_vld
                     || biu_cp0_l2_read_data_vld;
// &CombBeg; @749
always @( lsu_cp0_dcache_read_data_vld
       or biu_cp0_l2_read_data[127:0]
       or ifu_cp0_icache_read_data[127:0]
       or ifu_cp0_icache_read_data_vld
       or biu_cp0_l2_read_data_vld
       or lsu_cp0_dcache_read_data[127:0])
begin
  case({biu_cp0_l2_read_data_vld,
        lsu_cp0_dcache_read_data_vld,
        ifu_cp0_icache_read_data_vld})
    3'b001 : cdata_read_data[127:0] = ifu_cp0_icache_read_data[127:0];
    3'b010 : cdata_read_data[127:0] = lsu_cp0_dcache_read_data[127:0];
    3'b100 : cdata_read_data[127:0] = biu_cp0_l2_read_data[127:0];
    default: cdata_read_data[127:0] = {128{1'bx}};
  endcase
// &CombEnd; @758
end
assign cdata_clk = regs_clk;

always @(posedge cdata_clk or negedge cpurst_b)
begin
  if (!cpurst_b) begin
    cdata0[63:0] <= 64'b0;
    cdata1[63:0] <= 64'b0;
  end
  else if (cdata_data_vld) begin
    cdata0[63:0] <= cdata_read_data[63:0];
    cdata1[63:0] <= cdata_read_data[127:64];
  end
  else begin
    cdata0[63:0] <= cdata0[63:0];
    cdata1[63:0] <= cdata1[63:0];
  end
end

assign mcdata0_value[63:0] = cdata0[63:0];
assign mcdata1_value[63:0] = cdata1[63:0];

assign cins_no_op_data_vld = cins_r
                             && !(cindex_rid_icache_tag
                               || cindex_rid_icache_data
                               || cindex_rid_dcache_st_tag
                               || cindex_rid_dcache_data
                               );

assign cins_read_data_vld  = cdata_data_vld || cins_no_op_data_vld;
//==========================================================
//                   Define the MAPBADDR
//==========================================================
assign mapbaddr_value[63:0] = {24'b0, sysio_cp0_apb_base[39:0]};

//==========================================================
//                          Output
//==========================================================
//----------------------------------------------------------
//                         For CP0
//----------------------------------------------------------
assign regs_iui_mcor_stall  = mcor_busy;
assign regs_iui_mcins_stall = mcins_busy;

assign regs_special_icache_inv = icache_inv && sel[0];
assign regs_special_bht_inv    = bht_inv;
assign regs_special_dcache_req = (dcache_inv || clr) && sel[1];
assign regs_special_dcache_inv = dcache_inv;
assign regs_special_dcache_clr = clr;

assign regs_clintee = clintee;
assign regs_mcor_busy  = mcor_busy;
assign regs_mcins_busy = mcins_busy;

assign regs_xx_icg_en = module_icg_en[2];

//----------------------------------------------------------
//                          For XX
//----------------------------------------------------------
assign cp0_xx_mrvbr[39:0] = mrvbr_reg[39:0];

//----------------------------------------------------------
//                         For IFU
//----------------------------------------------------------
assign cp0_ifu_icg_en = module_icg_en[0];

assign cp0_ifu_btb_en = btbe;
assign cp0_ifu_bht_en = bpe;
assign cp0_ifu_icache_en = ie;
assign cp0_ifu_ras_en = rse;

assign cp0_ifu_btb_clr = btb_inv;

assign cp0_ifu_icache_pref_en          = icache_pref_en;
assign cp0_ifu_icache_read_req         = icache_read_req;
assign cp0_ifu_icache_read_tag         = icache_read_tag;
assign cp0_ifu_icache_read_way         = icache_read_way;
assign cp0_ifu_icache_read_index[13:0] = icache_read_idx[15:2];

assign cp0_ifu_iwpe                    = iwpe;

//----------------------------------------------------------
//                         For IDU
//----------------------------------------------------------
assign cp0_idu_cskyee = cskyisaee;
assign cp0_idu_ucme   = ucme;
assign cp0_idu_icg_en = module_icg_en[1];
assign cp0_idu_dis_fence_in_dbg = fence_in_dbg_dis;

//----------------------------------------------------------
//                          For IU
//----------------------------------------------------------
assign cp0_iu_icg_en = module_icg_en[2];

//----------------------------------------------------------
//                         For HPCP
//----------------------------------------------------------
assign cp0_hpcp_pmdm = pmdm;
assign cp0_hpcp_pmds = pmds;
assign cp0_hpcp_pmdu = pmdu;

assign cp0_hpcp_icg_en = module_icg_en[2];

//----------------------------------------------------------
//                         For LSU
//----------------------------------------------------------
assign cp0_lsu_icg_en = module_icg_en[3];

assign cp0_lsu_mm = mm;
assign cp0_lsu_dcache_en = de;
assign cp0_lsu_dcache_wa = wa;
assign cp0_lsu_dcache_wb = wb;

assign cp0_lsu_we_en = 1'b0;

assign cp0_lsu_amr[1:0] = amr[1:0];
assign cp0_lsu_dcache_pref_en = dcache_pref_en;
assign cp0_lsu_dcache_pref_dist[1:0] = dcache_pref_dist[1:0];

assign cp0_lsu_dcache_read_req       = dcache_read_req;
assign cp0_lsu_dcache_read_type      = dcache_read_tag;// read type: 0-data, 1-tag
assign cp0_lsu_dcache_read_way[1:0]  = dcache_read_way[1:0];
assign cp0_lsu_dcache_read_idx[16:0] = dcache_read_idx[16:0];

//----------------------------------------------------------
//                         For MMU
//----------------------------------------------------------
assign cp0_mmu_icg_en = module_icg_en[4];

assign cp0_mmu_maee   = maee;
assign cp0_mmu_ptw_en = !mhrd;

//----------------------------------------------------------
//                         For PMP
//----------------------------------------------------------
assign cp0_pmp_icg_en = module_icg_en[4];

//----------------------------------------------------------
//                         For BIU
//----------------------------------------------------------
assign cp0_biu_icg_en = module_icg_en[5];

//----------------------------------------------------------
//                         For RTU
//----------------------------------------------------------
assign cp0_rtu_icg_en = module_icg_en[6];

//----------------------------------------------------------
//                         For VPU
//----------------------------------------------------------
assign cp0_vpu_icg_en = module_icg_en[7];

//----------------------------------------------------------
//                         For DTU
//----------------------------------------------------------
assign cp0_dtu_icg_en     = module_icg_en[8];

assign cp0_dtu_pcfifo_frz = pcfifo_freeze;


// &ModuleEnd; @920
endmodule